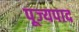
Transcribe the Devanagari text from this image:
पूज्‍यपाद